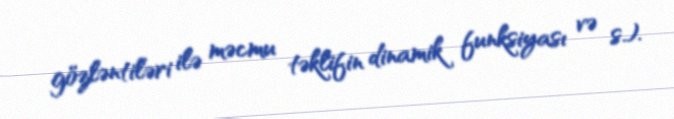
gözləntiləri ilə məcmu təklifin dinamik funksiyası və s.).